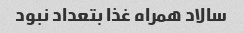
سالاد همراه غذا بتعداد نبود